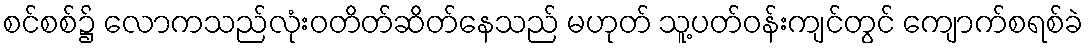
စင်စစ်၌ လောကသည်လုံးဝတိတ်ဆိတ်နေသည် မဟုတ် သူ့ပတ်ဝန်းကျင်တွင် ကျောက်စရစ်ခဲ